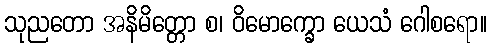
သုညတော အနိမိတ္တော စ၊ ဝိမောက္ခော ယေသံ ဂေါစရော။